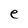
Character: e